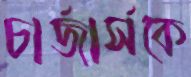
চার্জার্সকে